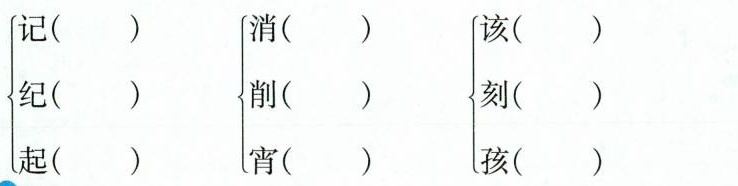
\left \{ 记纪起 \right \} \left \{ 消 削 宵 \right \} \left \{ 该刻孩\right \}